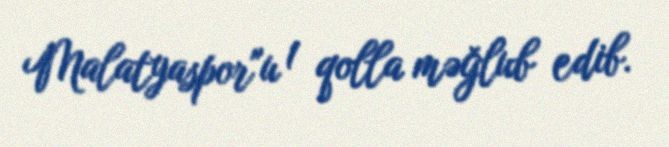
Malatyaspor"u 1 qolla məğlub edib.